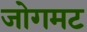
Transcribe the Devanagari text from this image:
जोगमट